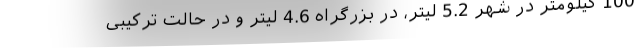
100 کیلومتر در شهر 5.2 لیتر، در بزرگراه 4.6 لیتر و در حالت ترکیبی